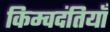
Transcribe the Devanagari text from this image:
किम्वदंतियाँ